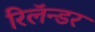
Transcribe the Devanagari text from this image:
रिलॅन्डर